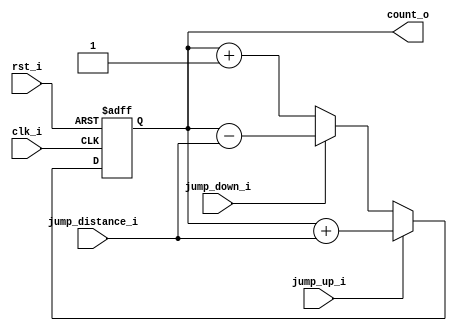
// Program Counter for KT8
// CAK 2016
// 8 bit counter with reset. Can also jump up or down
// 0-16 counts.

module pc(clk_i,
          rst_i,
          jump_up_i,
          jump_down_i,
          jump_distance_i,
          count_o );
  input clk_i, rst_i, jump_up_i, jump_down_i;
  input [3:0] jump_distance_i;
  output [7:0] count_o;
  reg [7:0] count_o;
					   
  always @(posedge clk_i, posedge rst_i)
    if (rst_i) count_o<=0;
    else if (jump_up_i) count_o<=count_o+jump_distance_i;
    else if (jump_down_i) count_o<=count_o-jump_distance_i;
    else count_o<=count_o+1;

endmodule